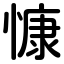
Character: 慷